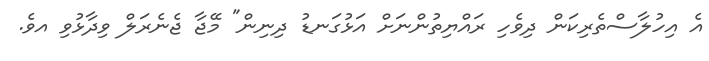
އެ އިހުލާސްތެރިކަން ދިވެހި ރައްޔިތުންނަށް އަޅުގަނޑު ދިނިން" މޭޖާ ޖެނެރަލް ވިދާޅުވި އވެ.